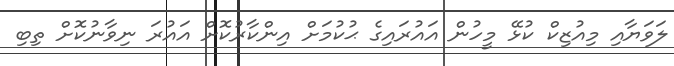
ލަަވަޔާއި މިއުޒިކް ކުޅޭ މީހުން އައުރައިގެ ޙުކުމަށް އިންކާރުކޮށް އައުރަ ނިވާނުކޮށް ތިބި